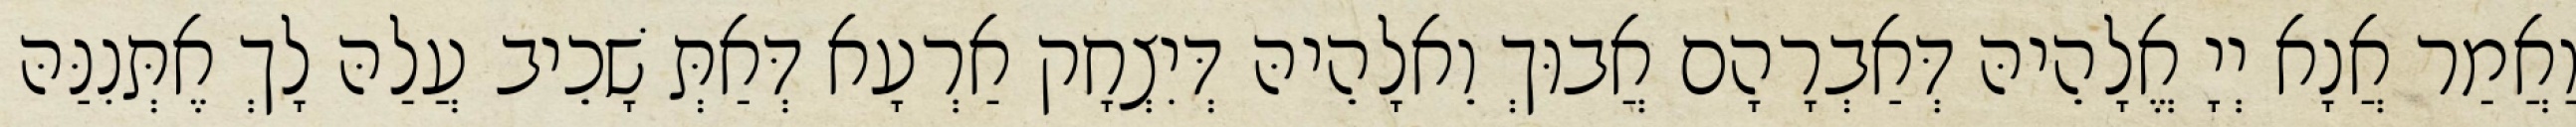
וַאֲמַר אֲנָא יְיָ אֱלָהֵיהּ דְּאַבְרָהָם אֲבוּךְ וֵאלָהֵיהּ דְּיִצְחָק אַרְעָא דְּאַתְּ שָׁכֵיב עֲלַהּ לָךְ אֶתְּנִנַּהּ